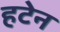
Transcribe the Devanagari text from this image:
हटेन